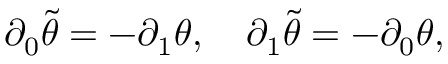
\partial _ { 0 } \tilde { \theta } = - \partial _ { 1 } \theta , \quad \partial _ { 1 } \tilde { \theta } = - \partial _ { 0 } \theta ,